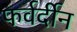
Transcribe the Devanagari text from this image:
फर्वर्दीन